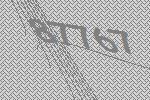
87767